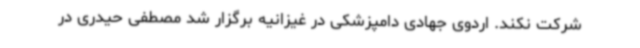
شرکت نکند. اردوی جهادی دامپزشکی در غیزانیه برگزار شد مصطفی حیدری در